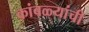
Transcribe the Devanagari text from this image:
कांबळ्यांची